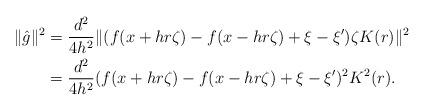
LaTeX: \begin{align*} \|{\hat g}\|^2 &= \frac{d^2}{4h^2} \|(f(x+h r\zeta) - f(x-hr\zeta) + \xi - \xi')\zeta K(r) \|^2 \\ &= \frac{d^2}{4h^2} (f(x+h r\zeta) - f(x-hr\zeta) + \xi - \xi')^2 K^2(r). \end{align*}